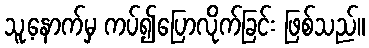
သူ့နောက်မှ ကပ်၍ပြောလိုက်ခြင်း ဖြစ်သည်။